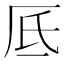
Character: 厎